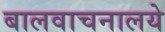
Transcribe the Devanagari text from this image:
बालवाचनालये